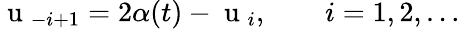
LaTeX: \mathrm{~u~}_{-i+1}=2\alpha(t)-\mathrm{~u~}_{i},\qquad i=1,2,\ldots